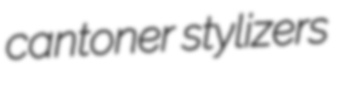
cantoner stylizers